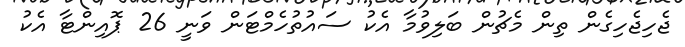
ޖެހިޖެހިގެން ތިން މެޗުން ބަލިވުމާ އެކު ސައުތުހެމްޓަން ވަނީ 26 ޕޮއިންޓާ އެކު